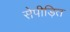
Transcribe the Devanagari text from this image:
सेपीड़ित